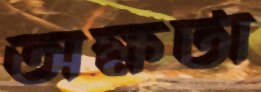
অক্ষটা